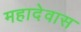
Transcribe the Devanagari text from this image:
महादेवास